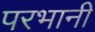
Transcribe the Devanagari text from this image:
परभानी